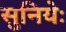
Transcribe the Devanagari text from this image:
सुनियेः